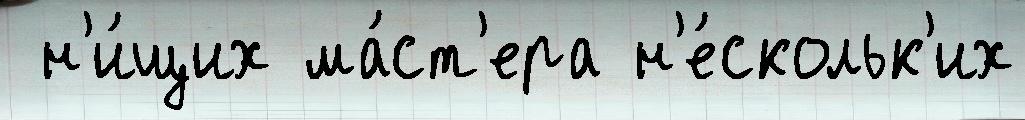
 н'и́щих ма́ст'ера н'е́скольк'их